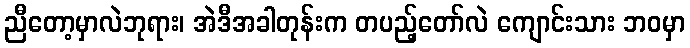
ညီတော့မှာလဲဘုရား၊ အဲဒီအခါတုန်းက တပည့်တော်လဲ ကျောင်းသား ဘဝမှာ